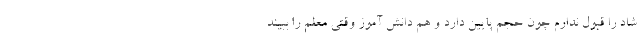
شاد را قبول ندارم چون حجم پایین دارد و هم دانش آموز وقتی معلم را ببیند